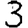
Digit: 3